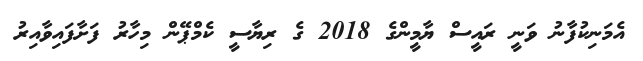
އެމަނިކުފާނު ވަނީ ރައީސް ޔާމީންގެ 2018 ގެ ރިޔާސީ ކެމްޕޭން މިހާރު ފަށާފައިވާއިރު